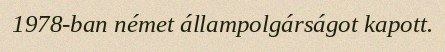
1978-ban német állampolgárságot kapott.